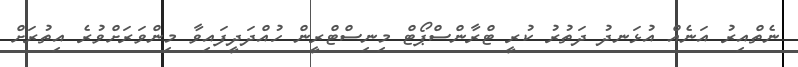
ނެތްއިރު އަނެއް އުޅަނދު ދަތުރު ކުރީ ޓްރާންސްޕޯޓް މިނިސްޓްރީން ހުއްދަދީފައިވާ މިންވަރަށްވުރެ އިތުރަށް